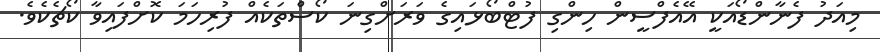
މިއަދު ފެނާންޑޯއަކީ އޭއެފްސީން ހިންގި ފުޓްބޯޅައިގެ ވަރަށްގިނަ ކޯސްތަކެއް ފުރިހަމަ ކޮށްފައިވާ ކޯޗެކެވެ.